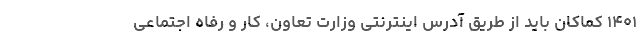
۱۴۰۱ کماکان باید از طریق آدرس اینترنتی وزارت تعاون، کار و رفاه اجتماعی